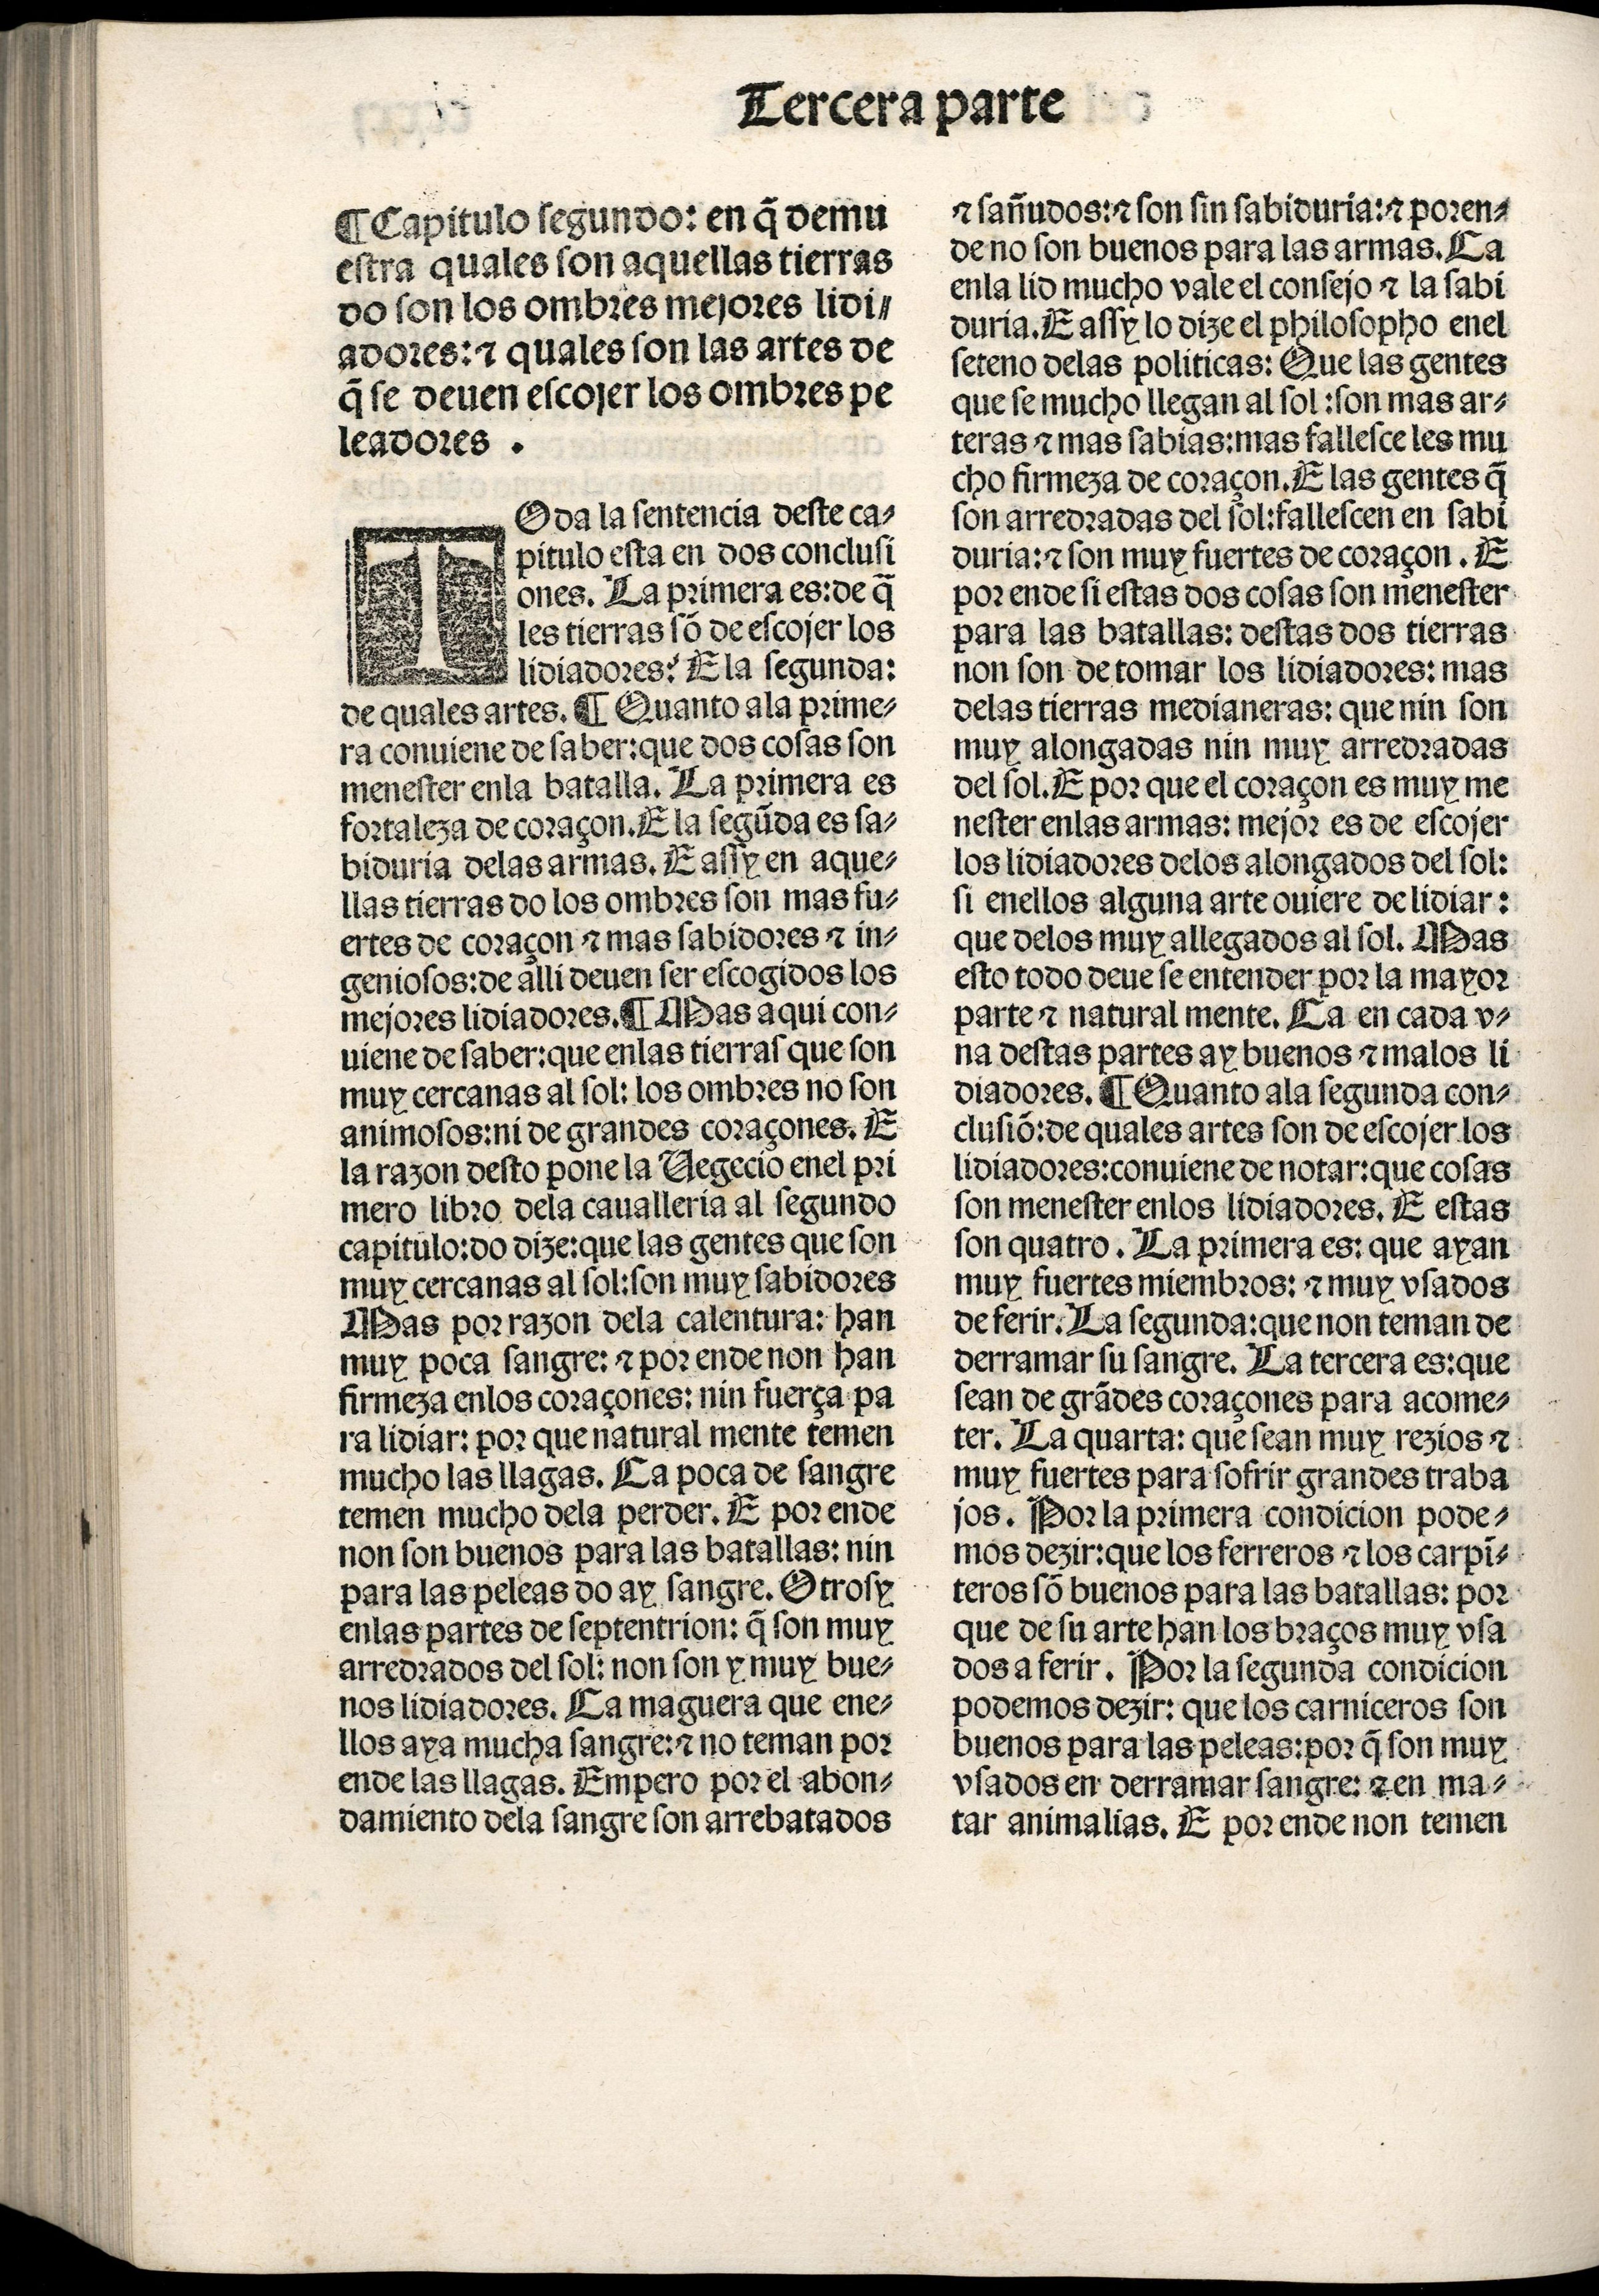
Shelfmark: Madrid, BNE, Inc. 901
Century: 15